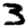
Digit: 3